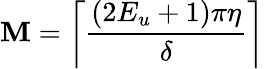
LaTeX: \mathbf{M}=\left\lceil\frac{{(2E_{u}+1)\pi\eta}}{{\delta}}\right\rceil